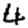
Digit: 4